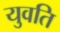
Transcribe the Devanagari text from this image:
युवति